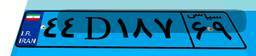
۴۴D۱۸۷۶۹